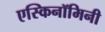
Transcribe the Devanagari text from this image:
एस्किनॉमिनी